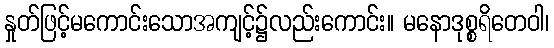
နှုတ်ဖြင့်မကောင်းသောအကျင့်၌လည်းကောင်း။ မနောဒုစ္စရိတေဝါ၊